Scottish Certificate of Education, 1963
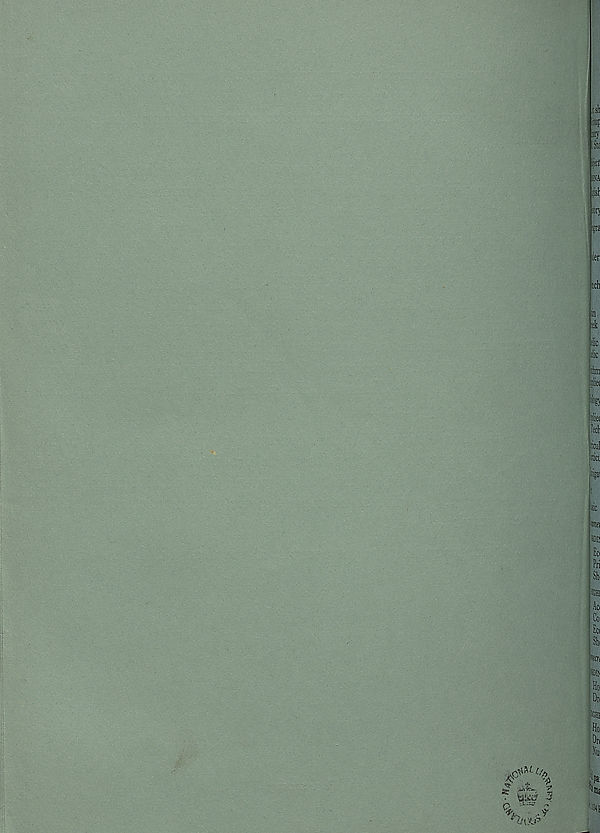
: : $h
: -«F
O'
%
i >ct
m
. : >r
:r\
ier:
f'"!%
diet
"U7,
■ i Dl j i
■ H}